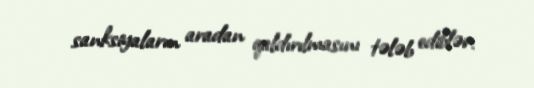
sanksiyaların aradan qaldırılmasını tələb ediblər.